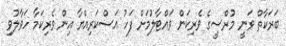
ބަރަކާތް ވަނީ މުރްސީގެ ވެރިކަން ވައްޓާލުމަށް ފަހު އަސްކަރިއްޔާ އިން ވެރިކަމާ ހަވާލުވި